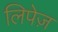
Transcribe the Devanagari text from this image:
लिपेज़